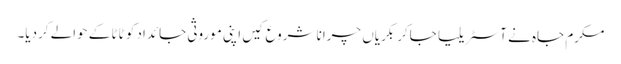
مکرم جاہ نے آسٹریلیا جاکر بکریاں چرانا شروع کیں اپنی موروثی جائداد کو ٹاٹا کے حوالے کردیا۔